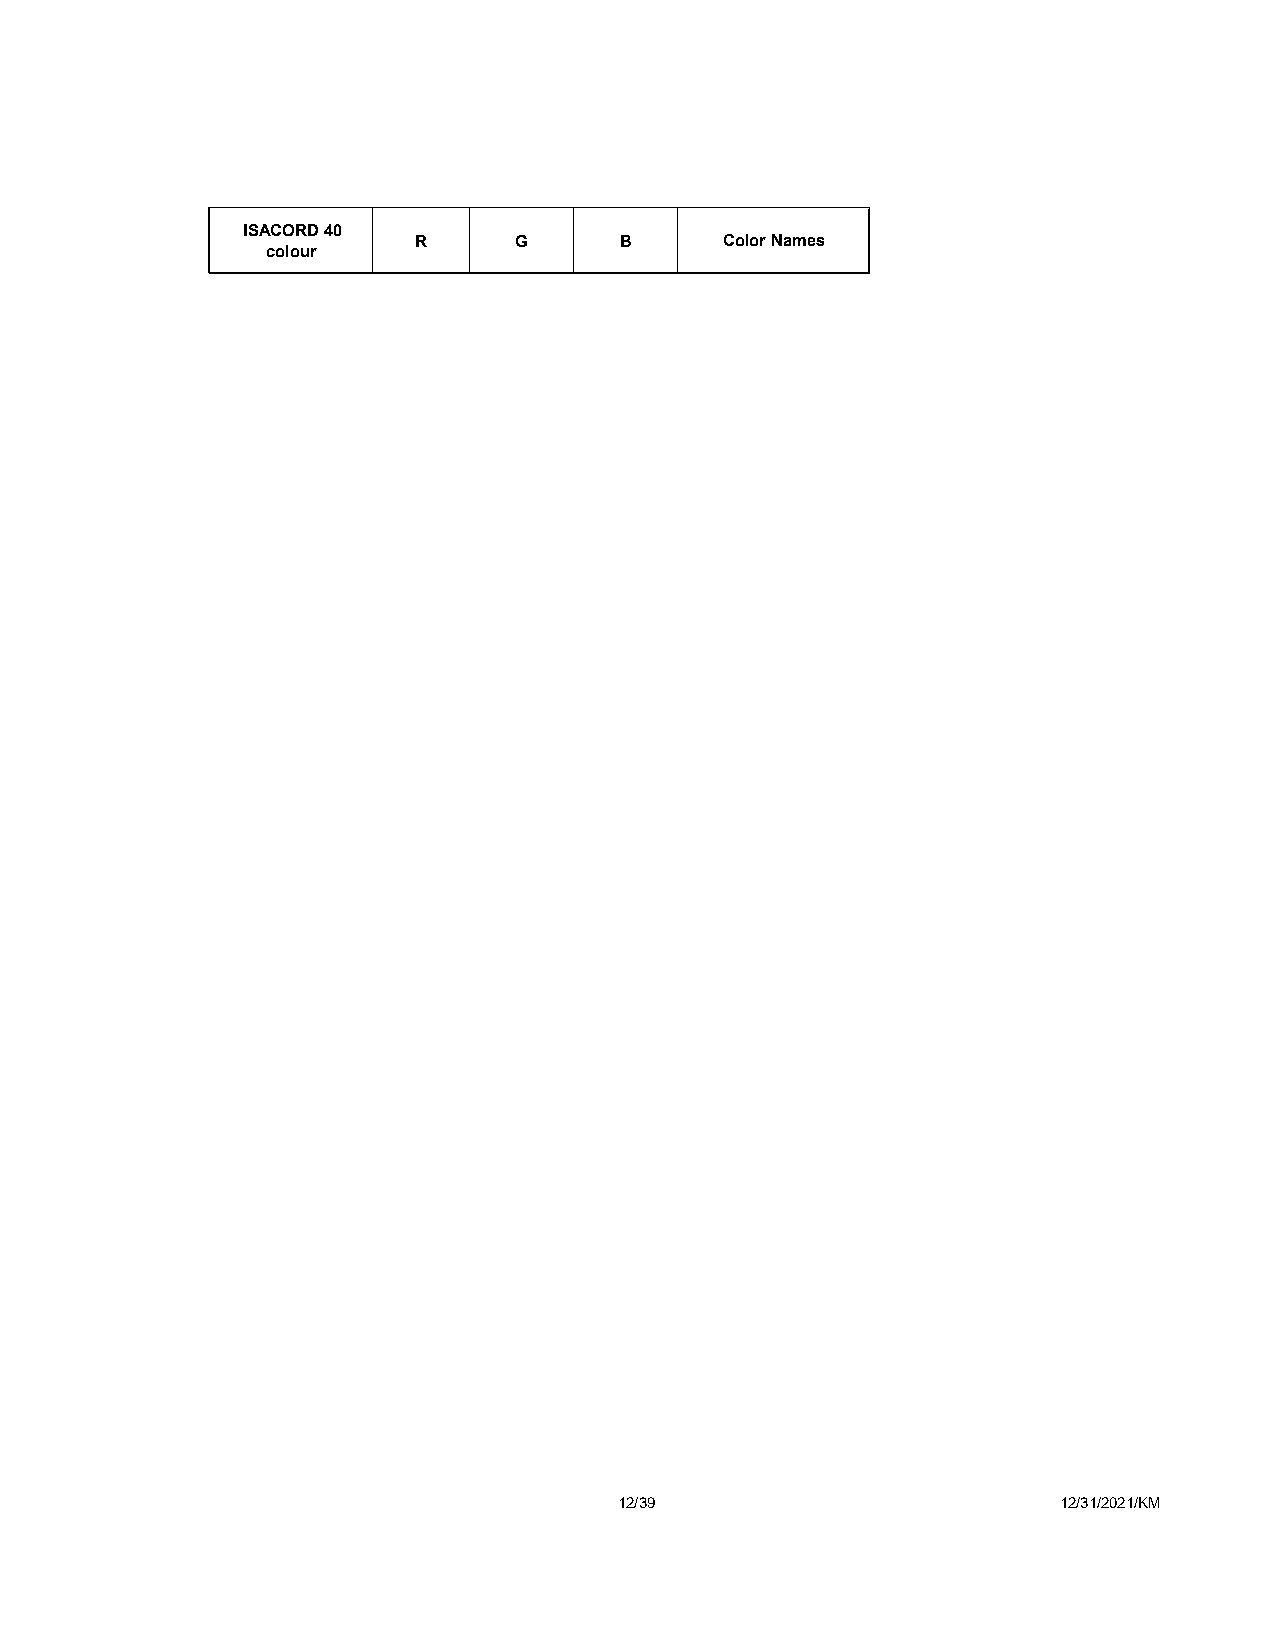
ISACORD 40
 R      G      B      Color Names
 colour
 12/39                        12/31/2021/KM